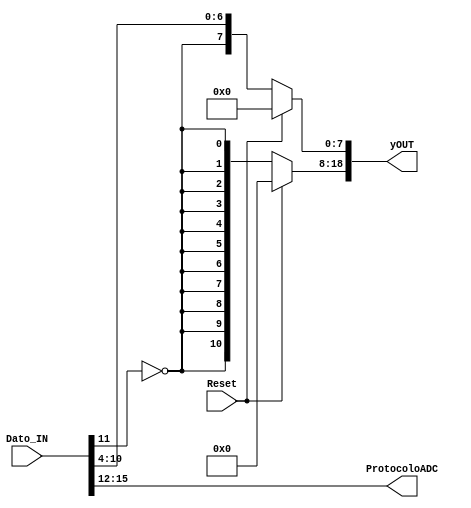
`timescale 1ns / 1ps
//////////////////////////////////////////////////////////////////////////////////
//	Laboratorio de Diseo Digital
// Proyecto de diseo #2
// Sumador del offset de entrada
// Diego Brenes Martnez
// Francisco Chacn Cambronero
//////////////////////////////////////////////////////////////////////////////////
module Offset_IN #(parameter W = 19)(
    input Reset,									//Entrada de reinicio
    input [15:0] Dato_IN,						//Entrada de datos provenientes del ADC (16 bits)
    output reg signed [W-1:0] yOUT,	 		//Salida "yOUT" con el offset en cero (12 bits)
	 output wire [3:0] ProtocoloADC
    );
	
	assign ProtocoloADC = Dato_IN[15:12];
	
	reg [11:0] ymenosoffset;
	
	always @* begin
		if(Reset) begin
			ymenosoffset <= 12'b0;
			yOUT <= 19'b0;
		end
		else begin
			ymenosoffset <= {!Dato_IN[11], Dato_IN[10:0]};
			 yOUT[W-1:8] <= {11{ymenosoffset[11]}};
			   yOUT[7:0] <= ymenosoffset[11:4];
		end
	end

endmodule